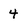
Character: 4